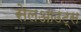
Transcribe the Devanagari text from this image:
सेलआउट्स